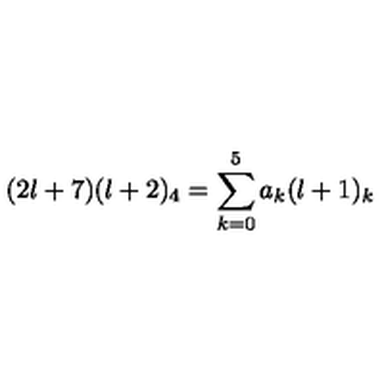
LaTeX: ( 2 l + 7 ) ( l + 2 ) _ { 4 } = \sum _ { k = 0 } ^ { 5 } a _ { k } ( l + 1 ) _ { k }